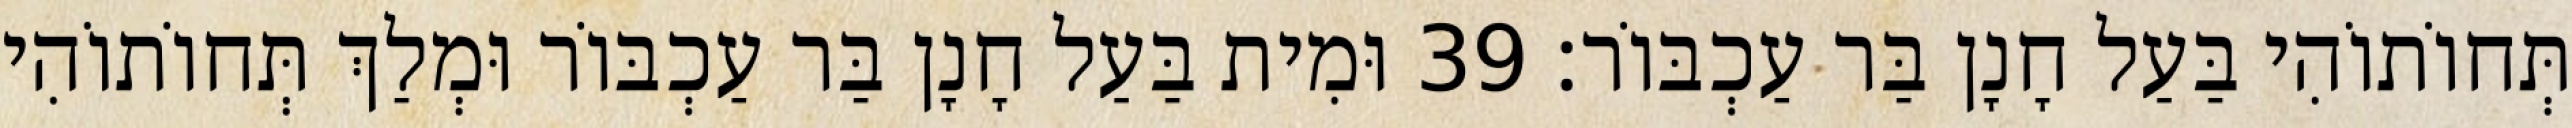
תְּחוֹתוֹהִי בַּעַל חָנָן בַּר עַכְבּוֹר׃ 39 וּמִית בַּעַל חָנָן בַּר עַכְבּוֹר וּמְלַךְ תְּחוֹתוֹהִי